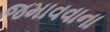
જમાવવાના